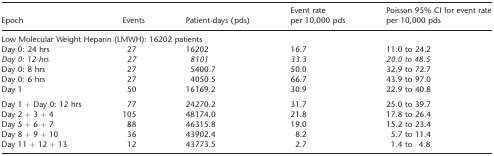
<table><thead><tr><td><b>Epoch</b></td><td><b>Events</b></td><td><b>Patient-days (pds)</b></td><td><b>Event rate per 10,000 pds</b></td><td><b>Poisson 95% CI for event rate per 10,000 pds</b></td></tr></thead><tbody><tr><td colspan="5">Low Molecular Weight Heparin (LMWH): 16202 patients</td></tr><tr><td>Day 0: 24 hrs</td><td>27</td><td>16202</td><td>16.7</td><td>11.0 to 24.2</td></tr><tr><td><i>Day 0: 12 hrs</i></td><td><i>27</i></td><td><i>8101</i></td><td><i>33.3</i></td><td><i>20.0 to 48.5</i></td></tr><tr><td>Day 0: 8 hrs</td><td>27</td><td>5400.7</td><td>50.0</td><td>32.9 to 72.7</td></tr><tr><td>Day 0: 6 hrs</td><td>27</td><td>4050.5</td><td>66.7</td><td>43.9 to 97.0</td></tr><tr><td>Day 1</td><td>50</td><td>16169.2</td><td>30.9</td><td>22.9 to 40.8</td></tr><tr><td>Day 1 + Day 0: 12 hrs</td><td>77</td><td>24270.2</td><td>31.7</td><td>25.0 to 39.7</td></tr><tr><td>Day 2 + 3 + 4</td><td>105</td><td>48174.0</td><td>21.8</td><td>17.8 to 26.4</td></tr><tr><td>Day 5 + 6 + 7</td><td>88</td><td>46315.8</td><td>19.0</td><td>15.2 to 23.4</td></tr><tr><td>Day 8 + 9 + 10</td><td>36</td><td>43902.4</td><td>8.2</td><td>5.7 to 11.4</td></tr><tr><td>Day 11 + 12 + 13</td><td>12</td><td>43773.5</td><td>2.7</td><td>1.4 to 4.8</td></tr></tbody></table>